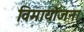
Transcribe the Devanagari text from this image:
विमायोजना